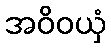
အဝိဝယှံ